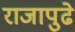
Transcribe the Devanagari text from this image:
राजापुढे